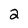
Character: 2